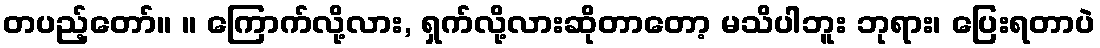
တပည့်တော်။ ။ ကြောက်လို့လား, ရှက်လို့လားဆိုတာတော့ မသိပါဘူး ဘုရား၊ ပြေးရတာပဲ